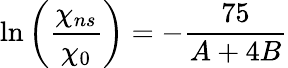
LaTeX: \ln\left(\frac{\chi_{ns}}{\chi_{0}}\right)=-\frac{75}{A+4B}